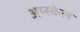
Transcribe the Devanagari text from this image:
अप्स्केल